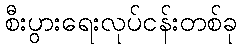
စီးပွားရေးလုပ်ငန်းတစ်ခု